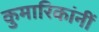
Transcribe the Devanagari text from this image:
कुमारिकांनीं